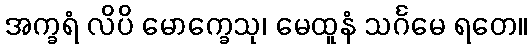
အက္ခရံ လိပိ မောက္ခေသု၊ မေထူနံ သင်္ဂမေ ရတေ။